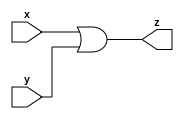
module or_gate_32 (x, y, z);
  input [31:0] x;
  input [31:0] y;
  output [31:0] z;
  
  assign z = (x|y) ;
  
  
endmodule